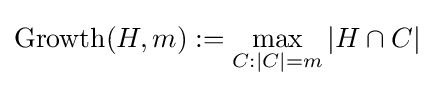
\operatorname {Growth} (H,m):=\max _{C:|C|=m}|H\cap C|